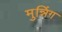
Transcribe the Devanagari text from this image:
मुन्निंग